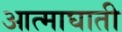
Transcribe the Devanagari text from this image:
आत्माघाती